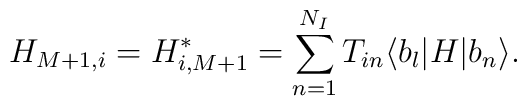
H_{M+1, i} = H_{i, M+1}^*     = \sum_{n=1}^{N_I} T_{in}\langle b_l|H|b_n\rangle.